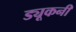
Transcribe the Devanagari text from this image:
ड्यूकनी